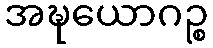
အဍ္ဎယောဂဉ္စ